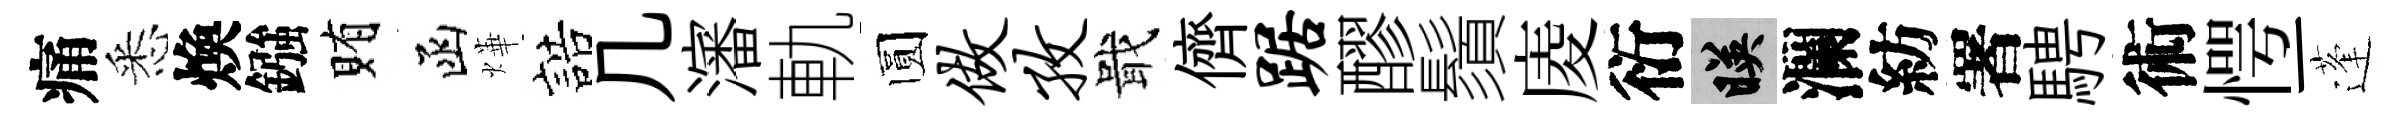
痛悉煥鏹賄函燁誥几瀋軌圆做孜戢儕踞醪鬚庱衍映瀾紡署騁術愕一蓬